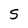
Character: S